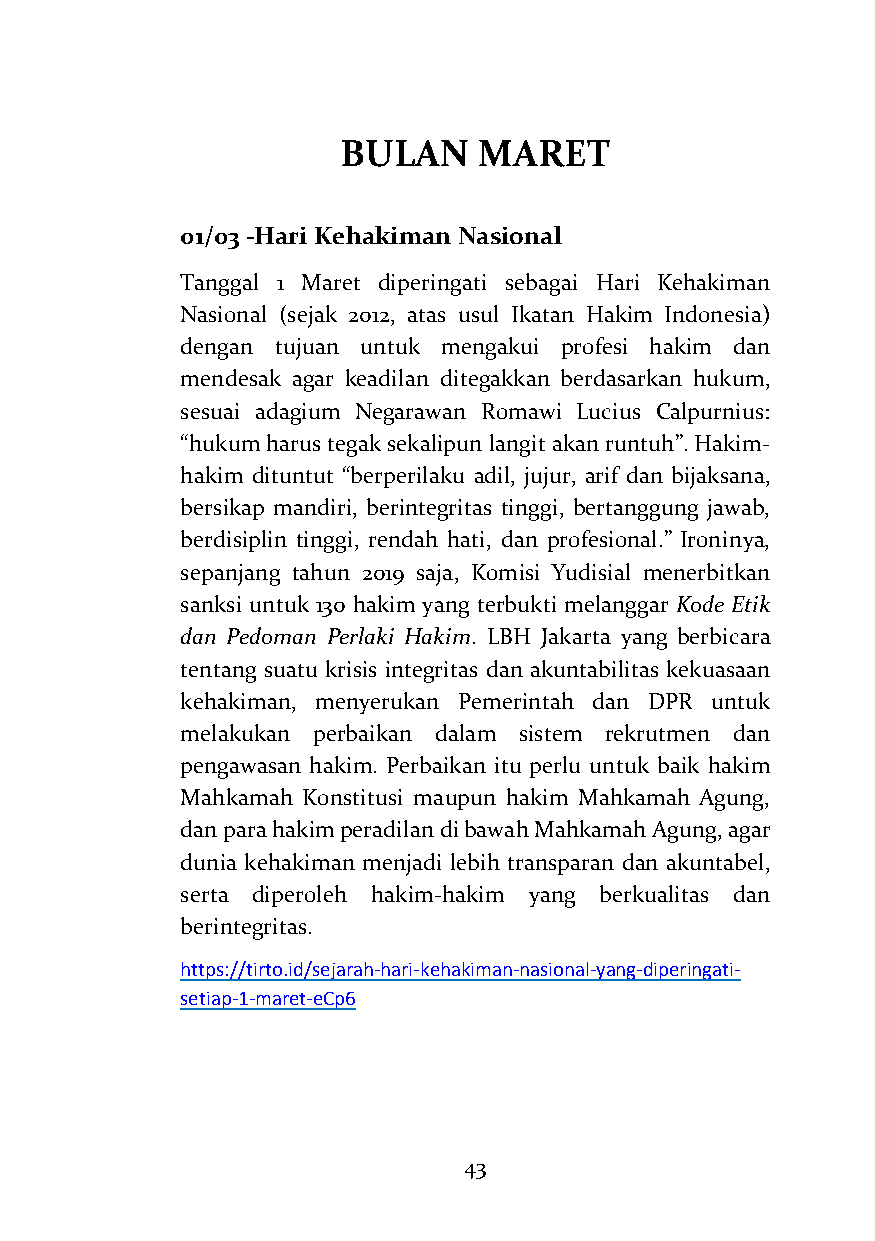
BULAN     MARET
 01/03 -Hari Kehakiman Nasional
 Tanggal 1 Maret diperingati sebagai Hari Kehakiman
 Nasional (sejak 2012, atas usul Ikatan Hakim Indonesia)
 dengan tujuan untuk mengakui profesi hakim dan
 mendesak agar keadilan ditegakkan berdasarkan hukum,
 sesuai adagium Negarawan Romawi Lucius Calpurnius:
 “hukum harus tegak sekalipun langit akan runtuh”. Hakim-
 hakim dituntut “berperilaku adil, jujur, arif dan bijaksana,
 bersikap mandiri, berintegritas tinggi, bertanggung jawab,
 berdisiplin tinggi, rendah hati, dan profesional.” Ironinya,
 sepanjang tahun 2019 saja, Komisi Yudisial menerbitkan
 sanksi untuk 130 hakim yang terbukti melanggar Kode Etik
 dan Pedoman Perlaki Hakim. LBH Jakarta yang berbicara
 tentang suatu krisis integritas dan akuntabilitas kekuasaan
 kehakiman, menyerukan Pemerintah dan DPR untuk
 melakukan perbaikan dalam sistem rekrutmen dan
 pengawasan hakim. Perbaikan itu perlu untuk baik hakim
 Mahkamah Konstitusi maupun hakim Mahkamah Agung,
 dan para hakim peradilan di bawah Mahkamah Agung, agar
 dunia kehakiman menjadi lebih transparan dan akuntabel,
 serta diperoleh hakim-hakim yang berkualitas dan
 berintegritas.
 https://tirto.id/sejarah-hari-kehakiman-nasional-yang-diperingati-
 setiap-1-maret-eCp6
 43